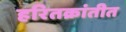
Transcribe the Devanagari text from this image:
हरितक्रांतीत